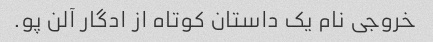
خروجی نام یک داستان کوتاه از ادگار آلن پو.